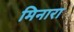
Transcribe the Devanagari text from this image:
मिनारा